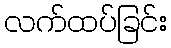
လက်ထပ်ခြင်း